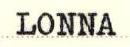
LONNA